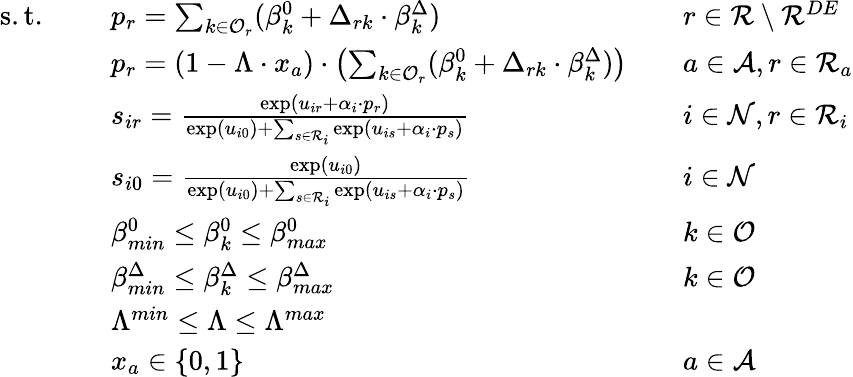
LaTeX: \begin{array}{rlrl}{\mathrm{s.t.~}\quad}&{p_{r}=\sum_{k\in\mathcal{O}_{r}}(\beta_{k}^{0}+\Delta_{rk}\cdot\beta_{k}^{\Delta})}&&{r\in\mathcal{R}\setminus\mathcal{R}^{DE}}\\ &{p_{r}=(1-\Lambda\cdot x_{a})\cdot\left(\sum_{k\in\mathcal{O}_{r}}(\beta_{k}^{0}+\Delta_{rk}\cdot\beta_{k}^{\Delta})\right)}&&{a\in\mathcal{A},r\in\mathcal{R}_{a}}\\ &{s_{ir}=\frac{\exp(u_{ir}+\alpha_{i}\cdot p_{r})}{\exp(u_{i0})+\sum_{s\in\mathcal{R}_{i}}\exp(u_{is}+\alpha_{i}\cdot p_{s})}}&&{i\in\mathcal{N},r\in\mathcal{R}_{i}}\\ &{s_{i0}=\frac{\exp(u_{i0})}{\exp(u_{i0})+\sum_{s\in\mathcal{R}_{i}}\exp(u_{is}+\alpha_{i}\cdot p_{s})}}&&{i\in\mathcal{N}}\\ &{\beta_{min}^{0}\leq\beta_{k}^{0}\leq\beta_{max}^{0}}&&{k\in\mathcal{O}}\\ &{\beta_{min}^{\Delta}\leq\beta_{k}^{\Delta}\leq\beta_{max}^{\Delta}}&&{k\in\mathcal{O}}\\ &{\Lambda^{min}\leq\Lambda\leq\Lambda^{max}}\\ &{x_{a}\in\{ 0,1\} }&&{a\in\mathcal{A}}\end{array}